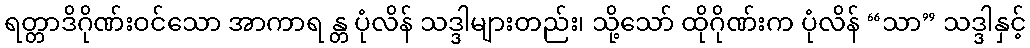
ရတ္တာဒိဂိုဏ်းဝင်သော အာကာရ န္တ ပုံလိန် သဒ္ဒါများတည်း၊ သို့သော် ထိုဂိုဏ်းက ပုံလိန် “သာ” သဒ္ဒါနှင့်